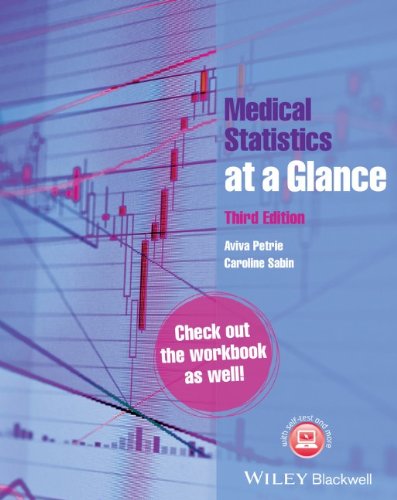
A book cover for Medical Statistics at a Glance; Aviva Petrie; Medical Books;